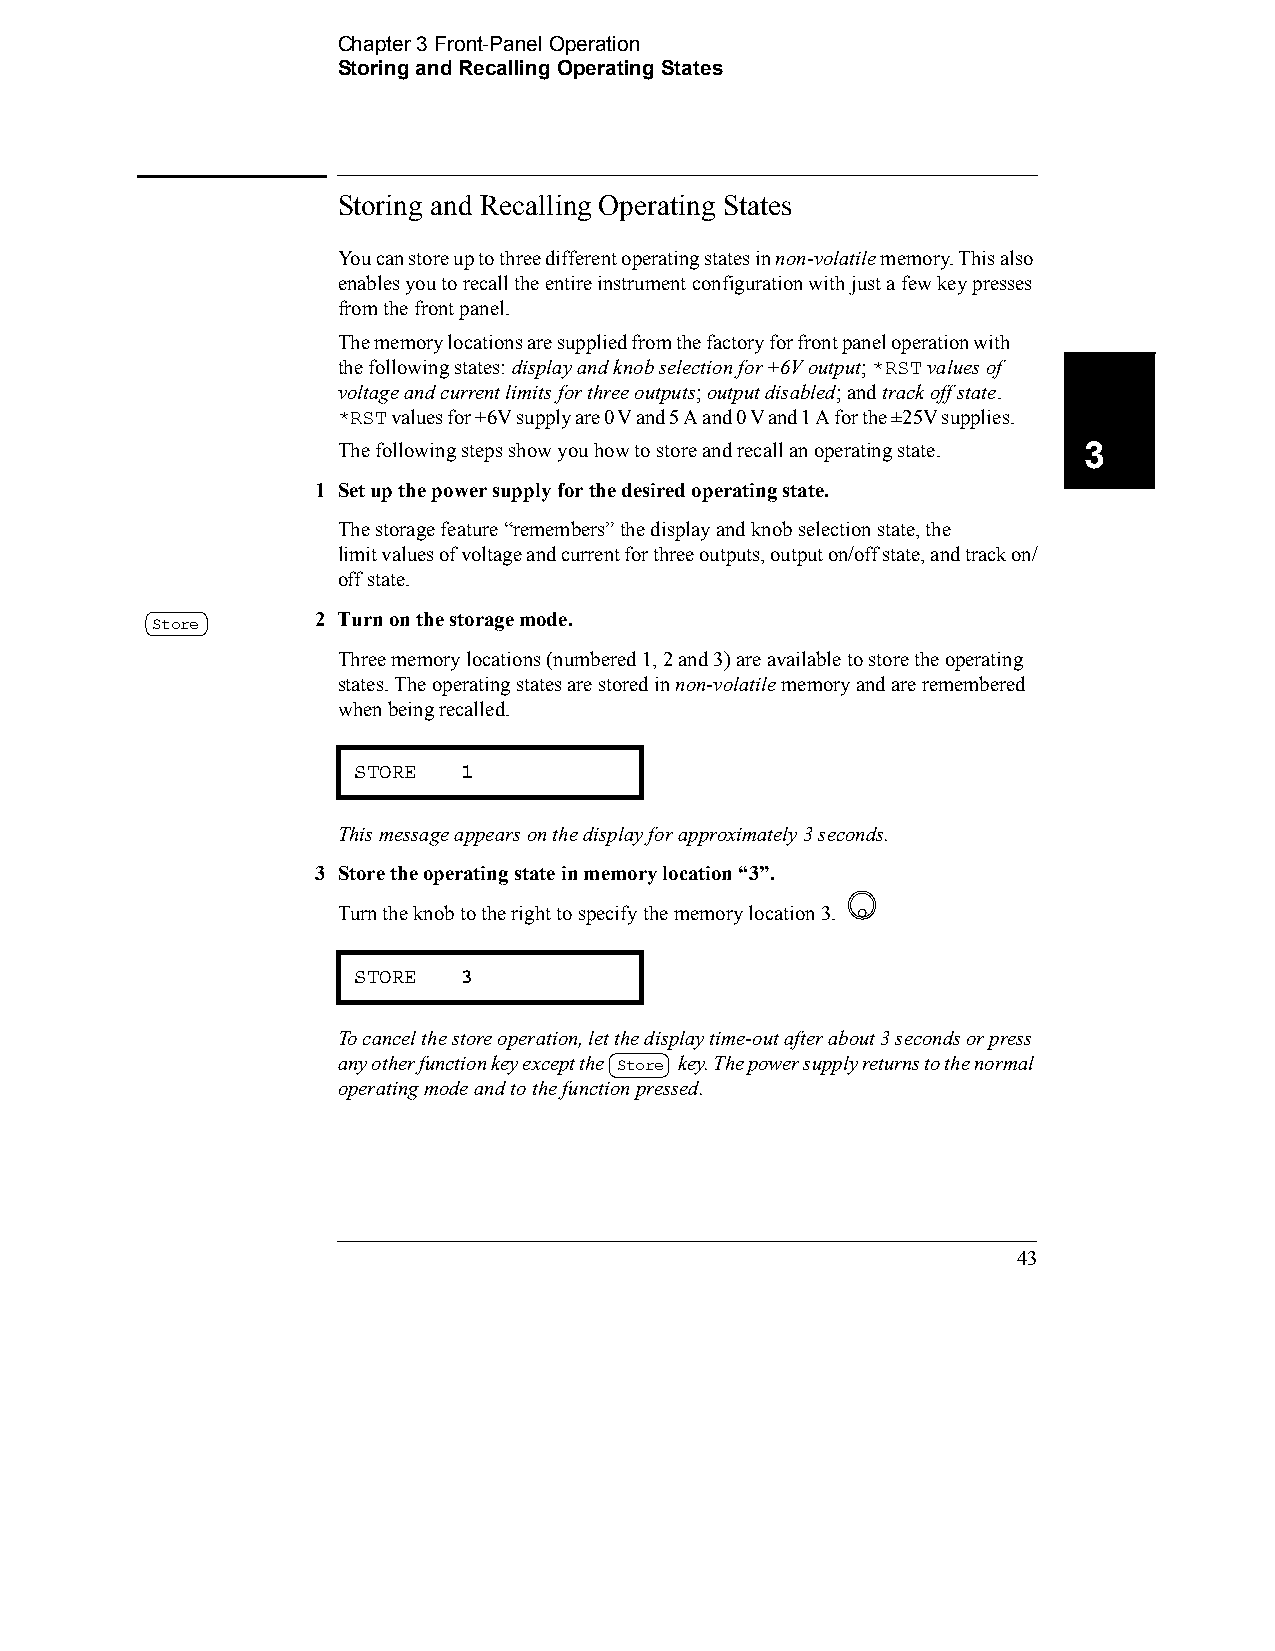
Chapter 3 Front-Panel Operation
 Storing and Recalling Operating States
 Storing and Recalling Operating States
 You can store up to three different operating states in non-volatile memory. This also
 enables you to recall the entire instrument configuration with just a few key presses
 from the front panel.
 The memory locations are supplied from the factory for front panel operation with
 the following states: display and knob selection for +6V output; *RST values of
 voltage and current limits for three outputs; output disabled; and track off state.
 *RST values for +6V supply are 0 V and 5 A and 0 V and 1 A for the ±25V supplies.
 The following steps show you how to store and recall an operating state. 3
 1 Set up the power supply for the desired operating state.
 The storage feature “remembers” the display and knob selection state, the 
 limit values of voltage and current for three outputs, output on/off state, and track on/
 off state.
 2 Turn on the storage mode.
 Store
 Three memory locations (numbered 1, 2 and 3) are available to store the operating
 states. The operating states are stored in non-volatile memory and are remembered
 when being recalled.
 STORE  1
 This message appears on the display for approximately 3 seconds.
 3 Store the operating state in memory location “3”.
 Turn the knob to the right to specify the memory location 3.
 STORE  3
 To cancel the store operation, let the display time-out after about 3 seconds or press
 any other function key except the Store key. The power supply returns to the normal
 operating mode and to the function pressed.
 43